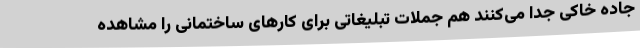
جاده خاکی جدا می‌کنند هم جملات تبلیغاتی برای کارهای ساختمانی را مشاهده